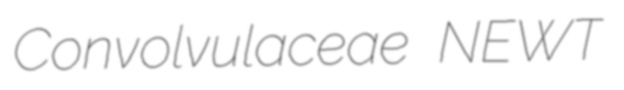
Convolvulaceae NEWT